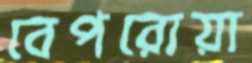
বেপরোয়া